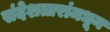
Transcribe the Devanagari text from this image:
संदेशतारांमधून